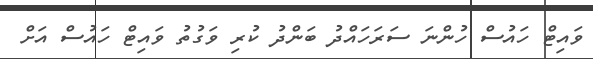
ވައިޓް ހައުސް ހުންނަ ސަރަހައްދު ބަންދު ކުރި ވަގުތު ވައިޓް ހައުސް އަށް